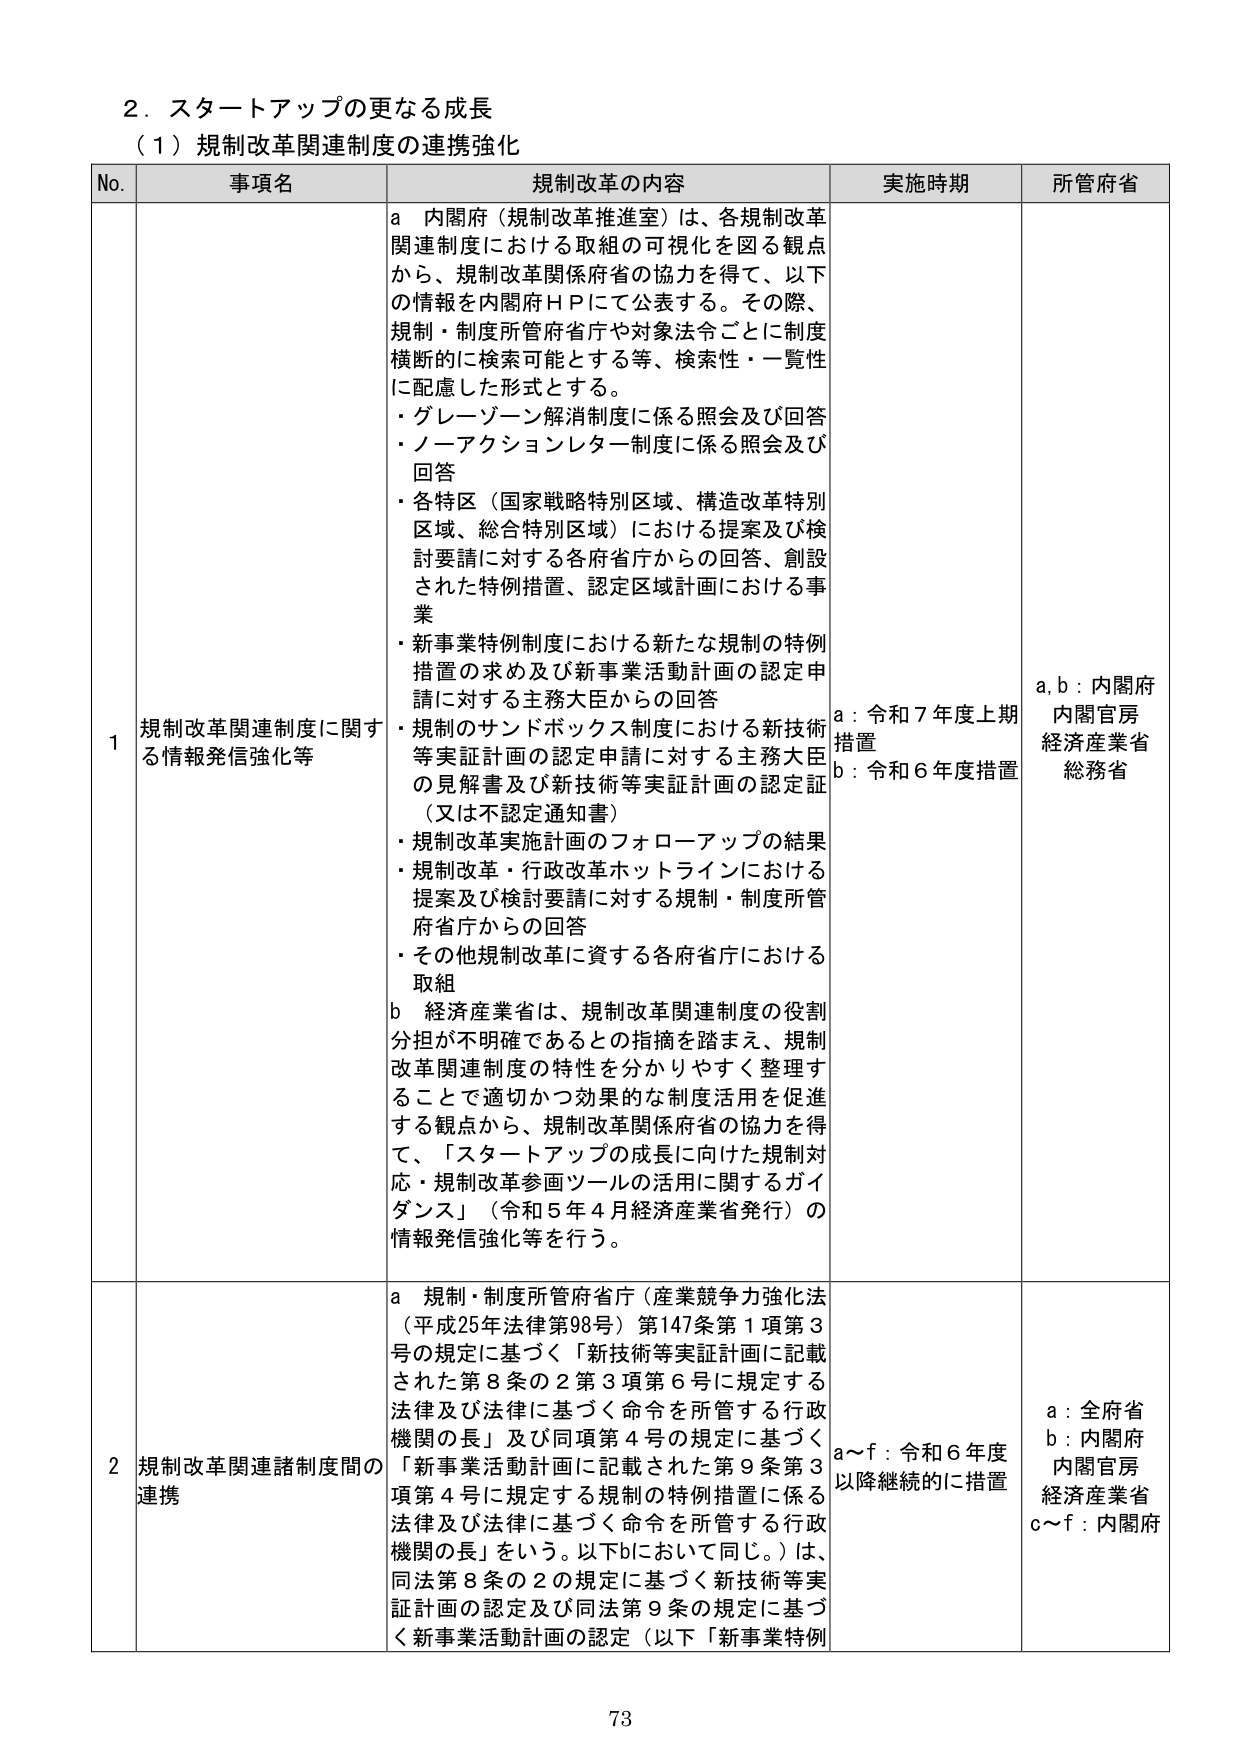
2．スタートアップの更なる成長
（1）規制改革関連制度の連携強化

No. 事項名 規制改革の内容 実施時期 所管府省

1 規制改革関連制度に関する情報発信強化等
a 内閣府（規制改革推進室）は、各規制改革関連制度における取組の可視化を図る観点から、規制改革関係府省の協力を得て、以下の情報を内閣府ＨＰにて公表する。その際、規制・制度所管府省庁や対象法令ごとに制度横断的に検索可能とする等、検索性・一覧性に配慮した形式とする。
・グレーゾーン解消制度に係る照会及び回答
・ノーアクションレター制度に係る照会及び回答
・各特区（国家戦略特別区域、構造改革特別区域、総合特別区域）における提案及び検討要請に対する各府省庁からの回答、創設された特例措置、認定区域計画における事業
・新事業特例制度における新たな規制の特例措置の求め及び新事業活動計画の認定申請に対する主務大臣からの回答
・規制のサンドボックス制度における新技術等実証計画の認定申請に対する主務大臣の見解書及び新技術等実証計画の認定証（又は不認定通知書）
・規制改革実施計画のフォローアップの結果
・規制改革・行政改革ホットラインにおける提案及び検討要請に対する規制・制度所管府省庁からの回答
・その他規制改革に資する各府省庁における取組
b 経済産業省は、規制改革関連制度の役割分担が不明確であるとの指摘を踏まえ、規制改革関連制度の特性を分かりやすく整理することで適切かつ効果的な制度活用を促進する観点から、規制改革関係府省の協力を得て、「スタートアップの成長に向けた規制対応・規制改革参画ツールの活用に関するガイドンス」（令和5年4月経済産業省発行）の情報発信強化等を行う。
a：令和7年度上期措置
b：令和6年度措置
a,b：内閣府 内閣官房 経済産業省 総務省

2 規制改革関連諸制度間の連携
a 規制・制度所管府省庁（産業競争力強化法（平成25年法律第98号）第147条第1項第3号の規定に基づく「新技術等実証計画に記載された第8条の2第3項第6号に規定する法律及び法律に基づく命令を所管する行政機関の長」及び同項第4号の規定に基づく「新事業活動計画に記載された第9条第3項第4号に規定する規制の特例措置に係る法律及び法律に基づく命令を所管する行政機関の長」をいう。以下bにおいて同じ。）は、同法第8条の2の規定に基づく新技術等実証計画の認定及び同法第9条の規定に基づく新事業活動計画の認定（以下「新事業特例
a～f：令和6年度以降継続的に措置
a：全府省
b：内閣府 内閣官房 経済産業省
c～f：内閣府

73